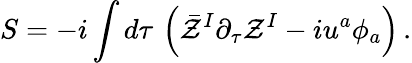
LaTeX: S=-i\int d\tau\, \left(\bar{\cal Z}^{I}\partial_{\tau}{\cal Z}^{I}-iu^{a}\phi_{a}\right)\, .